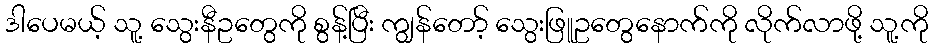
ဒါပေမယ့် သူ့ သွေးနီဥတွေကို စွန့်ပြီး ကျွန်တော့် သွေးဖြူဥတွေနောက်ကို လိုက်လာဖို့ သူ့ကို